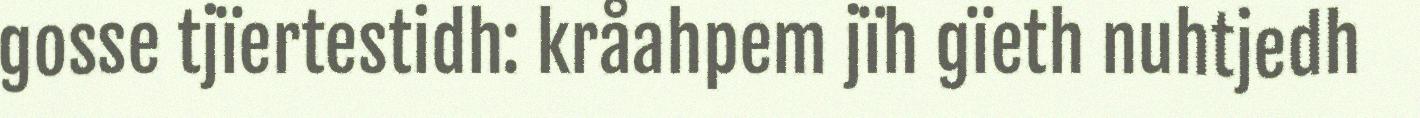
gosse tjïertestidh: kråahpem jïh gïeth nuhtjedh